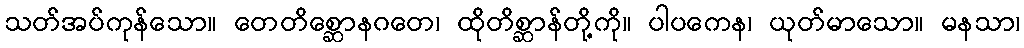
သတ်အပ်ကုန်သော။ တေတိစ္ဆောနဂတေ၊ ထိုတိစ္ဆာန်တို့ကို။ ပါပကေန၊ ယုတ်မာသော။ မနသာ၊